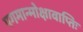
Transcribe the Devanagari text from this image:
पगमान्मोक्षावाप्तिः